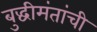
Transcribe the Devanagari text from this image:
बुद्धीमंतांची